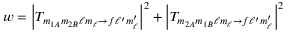
w = \left| T _ { m _ { 1 A } m _ { 2 B } \ell m _ { \ell } \rightarrow f \ell ^ { \prime } m _ { \ell } ^ { \prime } } \right| ^ { 2 } + \left| T _ { m _ { 2 A } m _ { 1 B } \ell m _ { \ell } \rightarrow f \ell ^ { \prime } m _ { \ell } ^ { \prime } } \right| ^ { 2 }